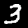
Digit: 3